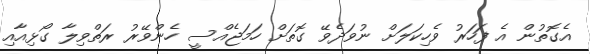
އެގޮތުން އެ ފަހަރު ވެހިކަލަށް ނުވަދެވޭ ގޮތަށް ހަމަޖެއްސީ ހެންވޭރު ރަތްވިލާ ގޯޅިއާއި